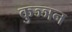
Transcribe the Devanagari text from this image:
कुञ्ञन